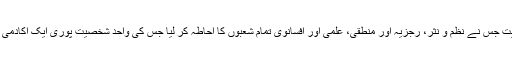
تردیا کوف کی تحریک علمی ضابطہ بندی کی جانب تھی مگر وہ ادبی شخصیت جس نے نظم و نثر، رجزیہ اور منطقی، علمی اور افسانوی تمام شعبوں کا احاطہ کر لیا جس کی واحد شخصیت پوری ایک اکادمی تھی آزاد خیال سائنسی اور فنکارانہ کمالات کا سنگم وہ میخائیل مونوسف ہے۔